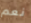
نعم